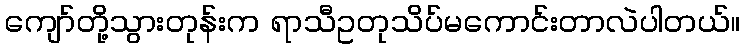
ကျော်တို့သွားတုန်းက ရာသီဥတုသိပ်မကောင်းတာလဲပါတယ်။